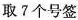
取7个号签